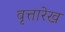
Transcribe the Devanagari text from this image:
वृत्तारेख